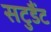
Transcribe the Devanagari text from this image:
सटुडैंट